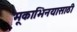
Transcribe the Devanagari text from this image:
मूकाभिनयासाठी